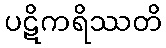
ပဋိကရိဿတိ